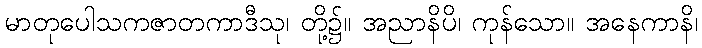
မာတုပေါသကဇာတကာဒီသု၊ တို့၌။ အညာနိပိ၊ ကုန်သော။ အနေကာနိ၊